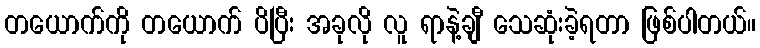
တယောက်ကို တယောက် ပိပြီး အခုလို လူ ရာနဲ့ချီ သေဆုံးခဲ့ရတာ ဖြစ်ပါတယ်။